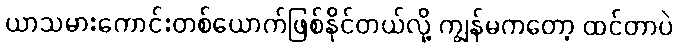
ယာသမားကောင်းတစ်ယောက်ဖြစ်နိုင်တယ်လို့ ကျွန်မကတော့ ထင်တာပဲ